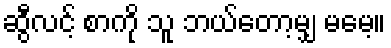
ဆွီလင့် စာကို သူ ဘယ်တော့မျှ မမေ့။